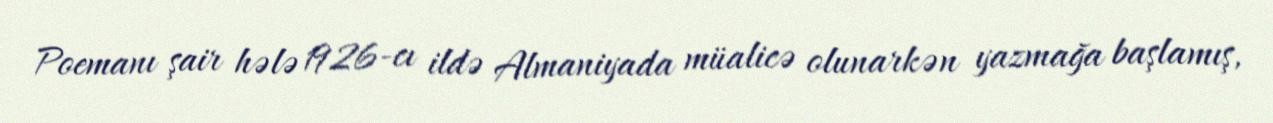
Poemanı şair hələ 1926-cı ildə Almaniyada müalicə olunarkən yazmağa başlamış,